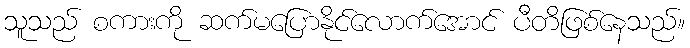
သူသည် စကားကို ဆက်မပြောနိုင်လောက်အောင် ပီတိဖြစ်နေသည်။